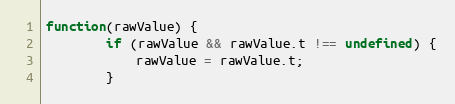
Language: JavaScript
function(rawValue) {
		if (rawValue && rawValue.t !== undefined) {
			rawValue = rawValue.t;
		}